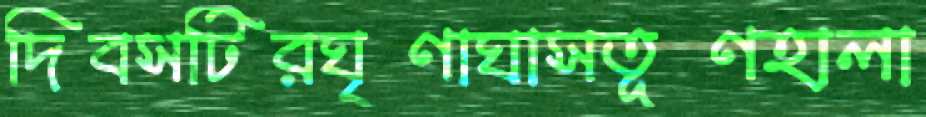
দিবসটিরঘৃণাঘাসতূণহালা